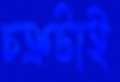
চক্রটাই